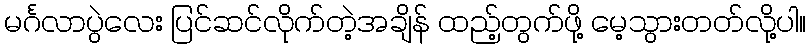
မင်္ဂလာပွဲလေး ပြင်ဆင်လိုက်တဲ့အချိန် ထည့်တွက်ဖို့ မေ့သွားတတ်လို့ပါ။